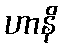
ဟာနိ